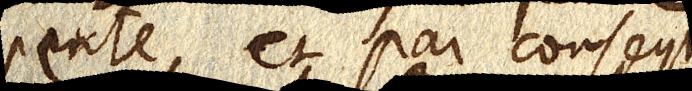
pente et par consequent